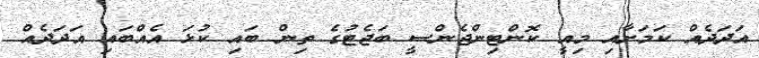
އަދަދެއް ކަމަށާއި މިއީ ކޮންޓިންޖެންސީ ބަޖެޓުގެ ތިން ބައި ކުޅަ އެއްބައި އަަދަދެއް